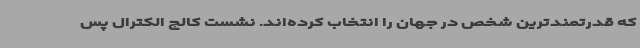
که قدرتمندترین شخص در جهان را انتخاب کرده‌اند. نشست کالج الکترال پس